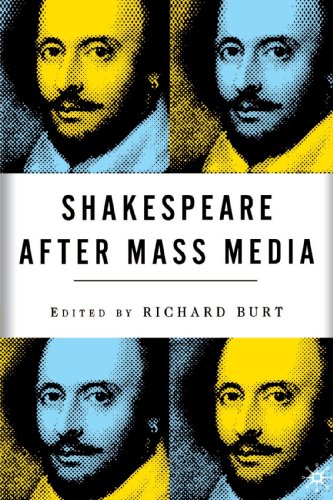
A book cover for Shakespeare After Mass Media; Humor & Entertainment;